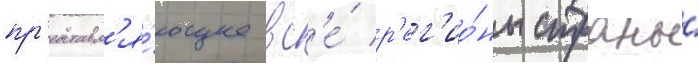
пр'едставл'я́ющее вс'е́ р'ег'ио́ны страны́